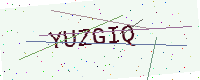
Text: YUZGIQ